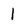
Character: l